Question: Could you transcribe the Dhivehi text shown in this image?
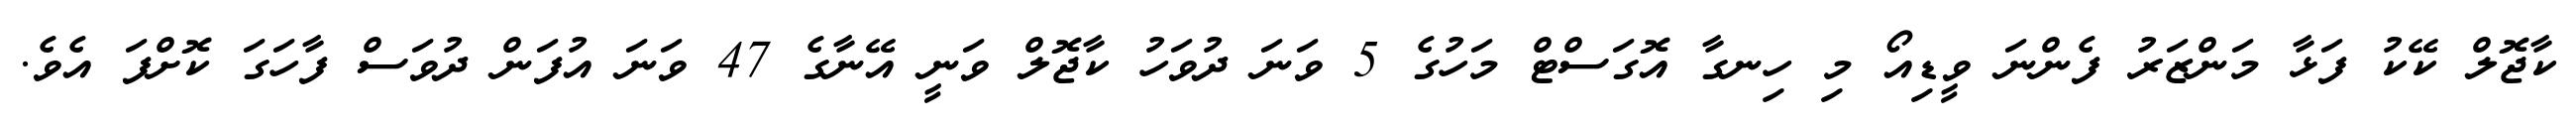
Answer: ކާޖޮލް ކޭކު ފަޅާ މަންޒަރު ފެންނަ ވީޑިއޯ މި ހިނގާ އޮގަސްޓް މަހުގެ 5 ވަނަ ދުވަހު ކާޖޮލް ވަނީ އޭނާގެ 47 ވަނަ އުފަން ދުވަސް ފާހަގަ ކޮށްފަ އެވެ.